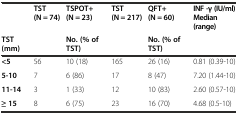
<table><thead><tr><td></td><td><b>TST (N = 74)</b></td><td><b>TSPOT+ (N = 23)</b></td><td><b>TST (N = 217)</b></td><td><b>QFT+ (N = 60)</b></td><td><b>INF -γ (IU/ml) Median (range)</b></td></tr><tr><td><b>TST (mm)</b></td><td></td><td><b>No. (% of TST)</b></td><td></td><td><b>No. (% of TST)</b></td><td></td></tr></thead><tbody><tr><td><b>&lt;5</b></td><td>56</td><td>10 (18)</td><td>165</td><td>26 (16)</td><td>0.81 (0.39-10)</td></tr><tr><td><b>5-10</b></td><td>7</td><td>6 (86)</td><td>17</td><td>8 (47)</td><td>7.20 (1.44-10)</td></tr><tr><td><b>11-14</b></td><td>3</td><td>1 (33)</td><td>12</td><td>10 (83)</td><td>2.60 (0.57-10)</td></tr><tr><td><b>≥ 15</b></td><td>8</td><td>6 (75)</td><td>23</td><td>16 (70)</td><td>4.68 (0.5-10)</td></tr></tbody></table>